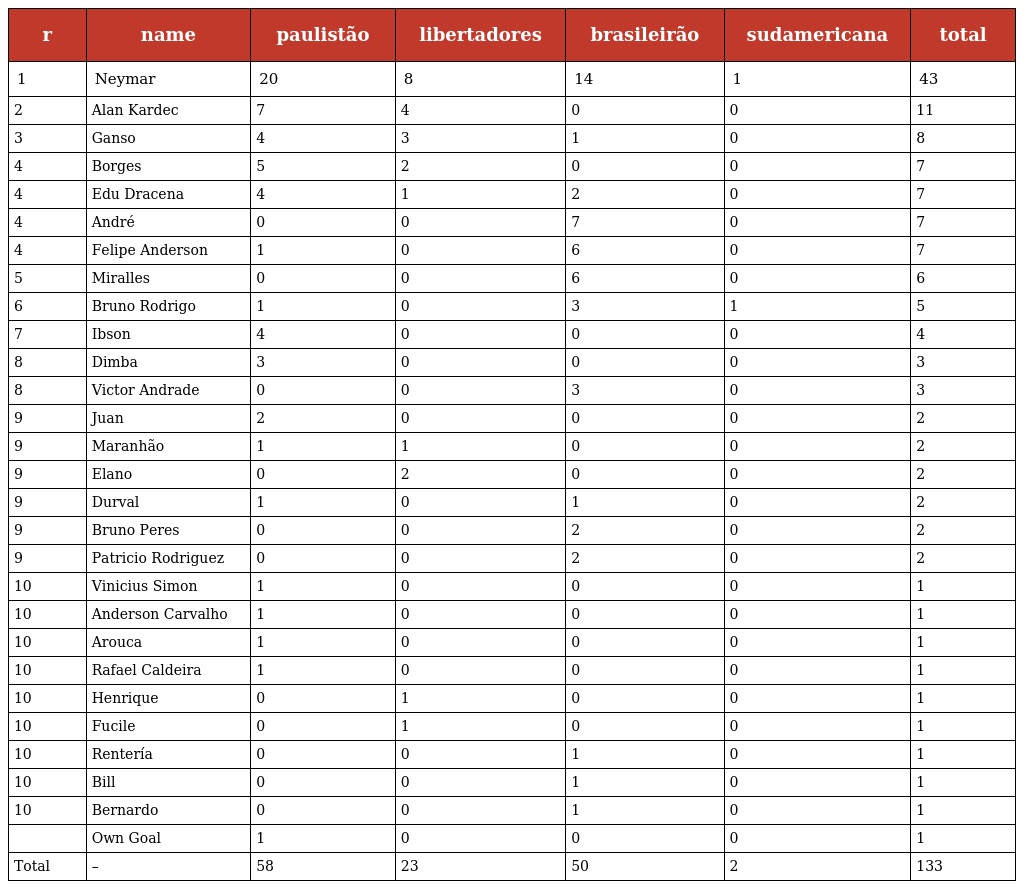
| r | name | paulistão | libertadores | brasileirão | sudamericana | total |
 | --- | --- | --- | --- | --- | --- | --- |
 | 1 | Neymar | 20 | 8 | 14 | 1 | 43 |
 | 2 | Alan Kardec | 7 | 4 | 0 | 0 | 11 |
 | 3 | Ganso | 4 | 3 | 1 | 0 | 8 |
 | 4 | Borges | 5 | 2 | 0 | 0 | 7 |
 | 4 | Edu Dracena | 4 | 1 | 2 | 0 | 7 |
 | 4 | André | 0 | 0 | 7 | 0 | 7 |
 | 4 | Felipe Anderson | 1 | 0 | 6 | 0 | 7 |
 | 5 | Miralles | 0 | 0 | 6 | 0 | 6 |
 | 6 | Bruno Rodrigo | 1 | 0 | 3 | 1 | 5 |
 | 7 | Ibson | 4 | 0 | 0 | 0 | 4 |
 | 8 | Dimba | 3 | 0 | 0 | 0 | 3 |
 | 8 | Victor Andrade | 0 | 0 | 3 | 0 | 3 |
 | 9 | Juan | 2 | 0 | 0 | 0 | 2 |
 | 9 | Maranhão | 1 | 1 | 0 | 0 | 2 |
 | 9 | Elano | 0 | 2 | 0 | 0 | 2 |
 | 9 | Durval | 1 | 0 | 1 | 0 | 2 |
 | 9 | Bruno Peres | 0 | 0 | 2 | 0 | 2 |
 | 9 | Patricio Rodriguez | 0 | 0 | 2 | 0 | 2 |
 | 10 | Vinicius Simon | 1 | 0 | 0 | 0 | 1 |
 | 10 | Anderson Carvalho | 1 | 0 | 0 | 0 | 1 |
 | 10 | Arouca | 1 | 0 | 0 | 0 | 1 |
 | 10 | Rafael Caldeira | 1 | 0 | 0 | 0 | 1 |
 | 10 | Henrique | 0 | 1 | 0 | 0 | 1 |
 | 10 | Fucile | 0 | 1 | 0 | 0 | 1 |
 | 10 | Rentería | 0 | 0 | 1 | 0 | 1 |
 | 10 | Bill | 0 | 0 | 1 | 0 | 1 |
 | 10 | Bernardo | 0 | 0 | 1 | 0 | 1 |
 |  | Own Goal | 1 | 0 | 0 | 0 | 1 |
 | Total | – | 58 | 23 | 50 | 2 | 133 |